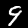
Label: 9